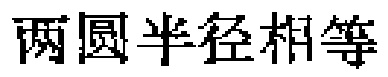
两圆半径相等